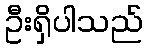
ဦးရှိပါသည်